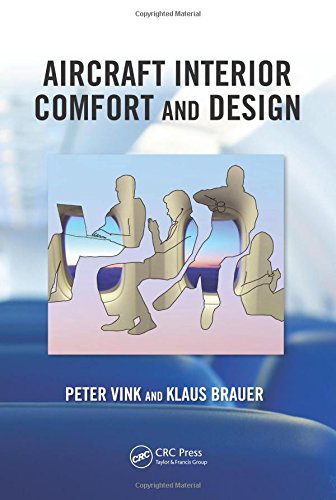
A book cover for Aircraft Interior Comfort and Design (Ergonomics Design Management: Theory and Applications); Peter Vink; Travel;